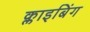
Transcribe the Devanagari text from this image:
क्लाइबिंग